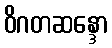
ဝိဂတဆန္ဒော